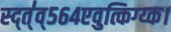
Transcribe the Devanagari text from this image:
स्द्त्॑व्५६४एवुत्किग्य्क।